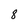
Character: 8